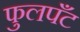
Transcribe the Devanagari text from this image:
फुलपँट